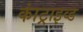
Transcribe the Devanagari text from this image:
कांट्राइव्ड